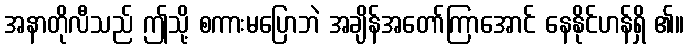
အနာတိုလီသည် ဤသို့ စကားမပြောဘဲ အချိန်အတော်ကြာအောင် နေနိုင်ဟန်ရှိ ၏။